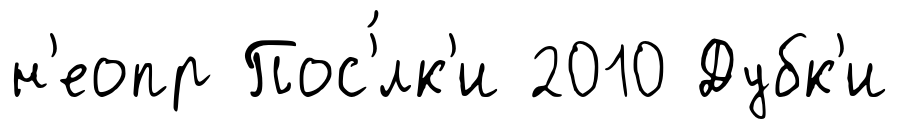
н'еопр Пос'́лк'и 2010 Дубк'и